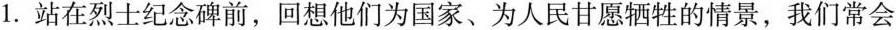
1.站在烈士纪念碑前，回想他们为国家、为人民甘愿牺牲的情景，我们常会